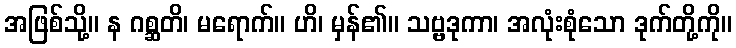
အဖြစ်သို့။ န ဂစ္ဆတိ၊ မရောက်။ ဟိ၊ မှန်၏။ သဗ္ဗဒုကာ၊ အလုံးစုံသော ဒုက်တို့ကို။